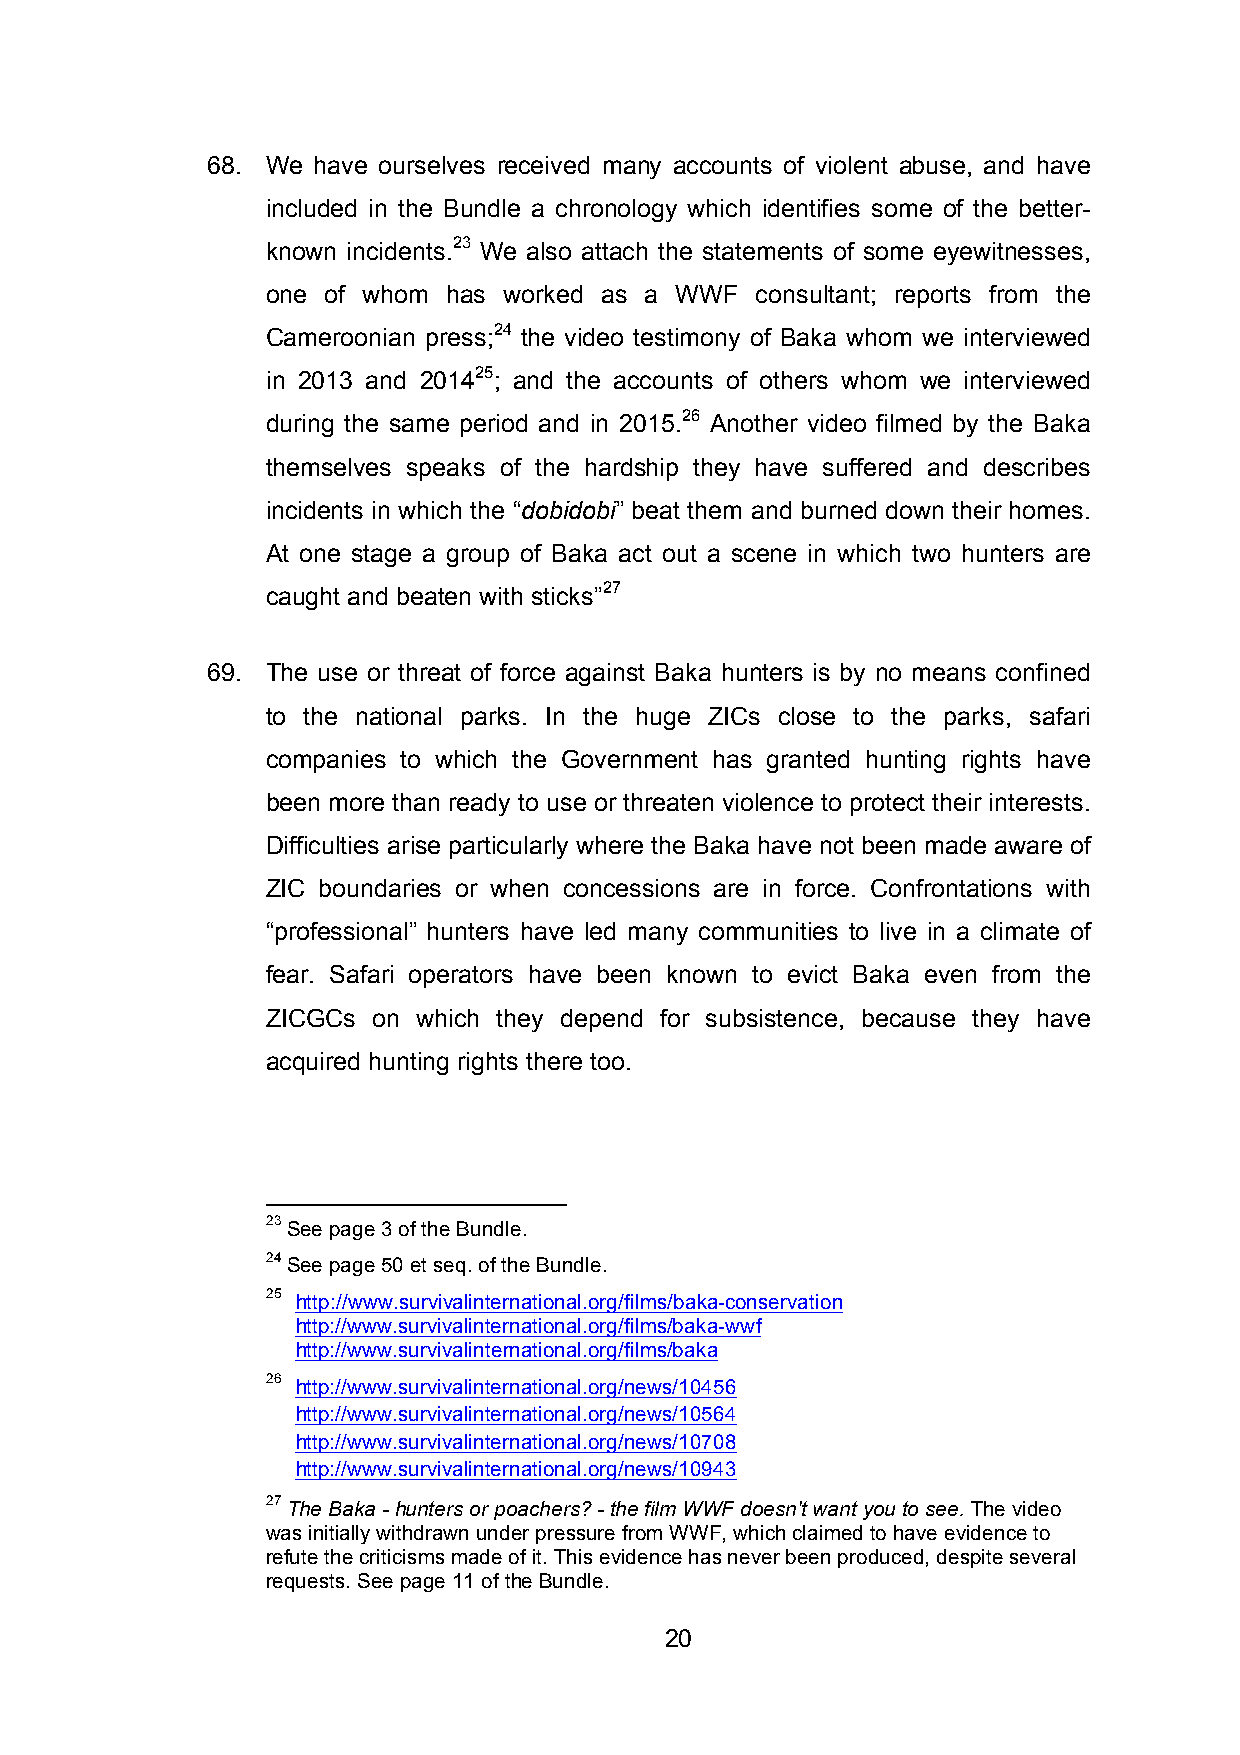
68. We have ourselves received many accounts of violent abuse, and have
 included in the Bundle a chronology which identifies some of the better-
 known incidents.23 We also attach the statements of some eyewitnesses,
 one of whom has worked as a WWF consultant; reports from the
 Cameroonian press;24 the video testimony of Baka whom we interviewed
 in 2013 and 201425; and the accounts of others whom we interviewed
 during the same period and in 2015.26 Another video filmed by the Baka
 themselves speaks of the hardship they have suffered and describes
 incidents in which the “dobidobi” beat them and burned down their homes.
 At one stage a group of Baka act out a scene in which two hunters are
 caught and beaten with sticks”27
 69. The use or threat of force against Baka hunters is by no means confined
 to the national parks. In the huge ZICs close to the parks, safari
 companies to which the Government has granted hunting rights have
 been more than ready to use or threaten violence to protect their interests.
 Difficulties arise particularly where the Baka have not been made aware of
 ZIC boundaries or when concessions are in force. Confrontations with
 “professional” hunters have led many communities to live in a climate of
 fear. Safari operators have been known to evict Baka even from the
 ZICGCs on which they depend for subsistence, because they have
 acquired hunting rights there too.
 23 See page 3 of the Bundle.
 24 See page 50 et seq. of the Bundle.
 25 http://www.survivalinternational.org/films/baka-conservation
 http://www.survivalinternational.org/films/baka-wwf
 http://www.survivalinternational.org/films/baka
 26 http://www.survivalinternational.org/news/10456
 http://www.survivalinternational.org/news/10564
 http://www.survivalinternational.org/news/10708
 http://www.survivalinternational.org/news/10943
 27 The Baka - hunters or poachers? - the film WWF doesn't want you to see. The video
 was initially withdrawn under pressure from WWF, which claimed to have evidence to
 refute the criticisms made of it. This evidence has never been produced, despite several
 requests. See page 11 of the Bundle.
 20